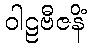
ဝါဠဗီဇနိံ